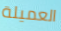
العميلة